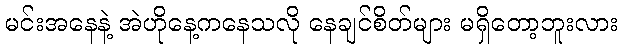
မင်းအနေနဲ့ အဲဟိုနေ့ကနေသလို နေချင်စိတ်များ မရှိတော့ဘူးလား